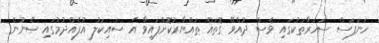
ހަނަފަސް ސަހަރާތަކުގައި ވެސް ދުއްވޭ ގޮތައް ތައްޔާރުކޮށްފައިވާ އެ ސައިކަލު އުފެއްދުމުގައި ޞޭނުން